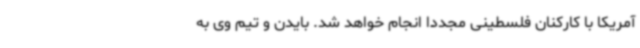
آمریکا با کارکنان فلسطینی مجددا انجام خواهد شد. بایدن و تیم وی به